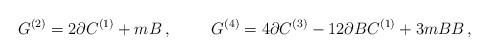
LaTeX: \begin{align*}G^{(2)}=2\partial C^{(1)}+mB\, ,\hspace{1cm}G^{(4)} = 4\partial C^{(3)} -12\partial BC^{(1)}+3m BB\, ,\end{align*}